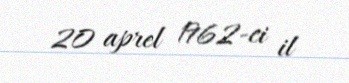
20 aprel 1962-ci il